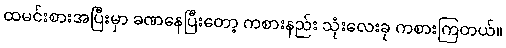
ထမင်းစားအပြီးမှာ ခဏနေပြီးတော့ ကစားနည်း သုံးလေးခု ကစားကြတယ်။